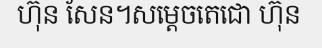
ហ៊ុន សែន។សម្តេចតេជោ ហ៊ុន